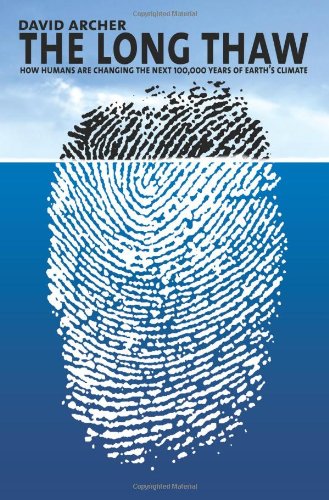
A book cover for The Long Thaw: How Humans Are Changing the Next 100,000 Years of Earth's Climate (Science Essentials); David Archer; Science & Math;